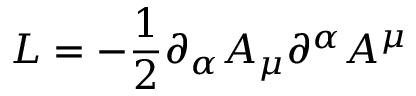
{ \cal L } = - \frac { 1 } { 2 } \partial _ { \alpha } A _ { \mu } \partial ^ { \alpha } A ^ { \mu }